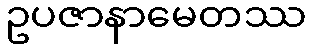
ဥပဇာနာမေတဿ